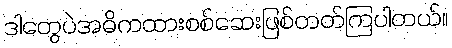
ဒါတွေပဲအဓိကထားစစ်ဆေးဖြစ်တတ်ကြပါတယ်။